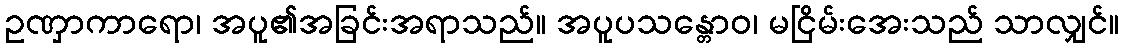
ဥဏှာကာရော၊ အပူ၏အခြင်းအရာသည်။ အပူပသန္တောဝ၊ မငြိမ်းအေးသည် သာလျှင်။